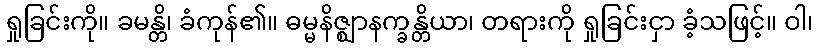
ရှုခြင်းကို။ ခမန္တိ၊ ခံကုန်၏။ ဓမ္မနိဇ္ဈာနက္ခန္တိယာ၊ တရားကို ရှုခြင်းငှာ ခံ့သဖြင့်။ ဝါ၊